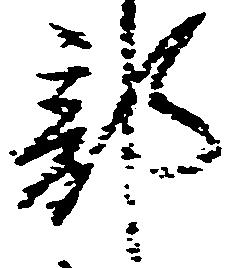
部